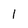
Character: 1